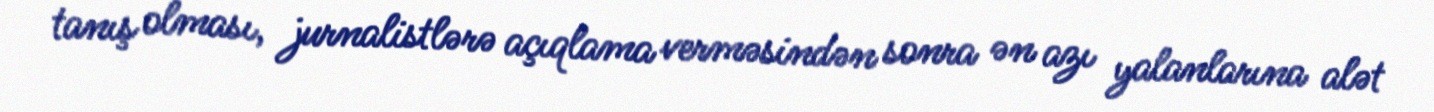
tanış olması, jurnalistlərə açıqlama verməsindən sonra ən azı yalanlarına alət